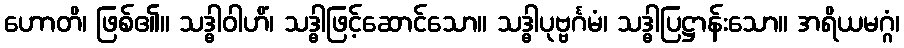
ဟောတိ၊ ဖြစ်၏။ သဒ္ဓါဝါဟိံ၊ သဒ္ဓါဖြင့်ဆောင်သော။ သဒ္ဓါပုဗ္ဗင်္ဂမံ၊ သဒ္ဓါပြဋ္ဌာန်းသော။ အရိယမဂ္ဂံ၊